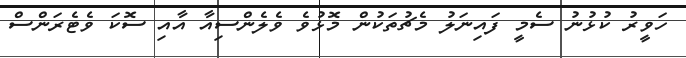
ހަވީރު ކުޅުނު ސެމީ ފައިނަލު މެޗުތަކުން މޮޅުވެ ވެލެންސިއާ އާއި ސޮކަ ވެޓެރަންސް